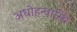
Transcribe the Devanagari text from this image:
अधोहन्वास्थि